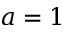
a = 1